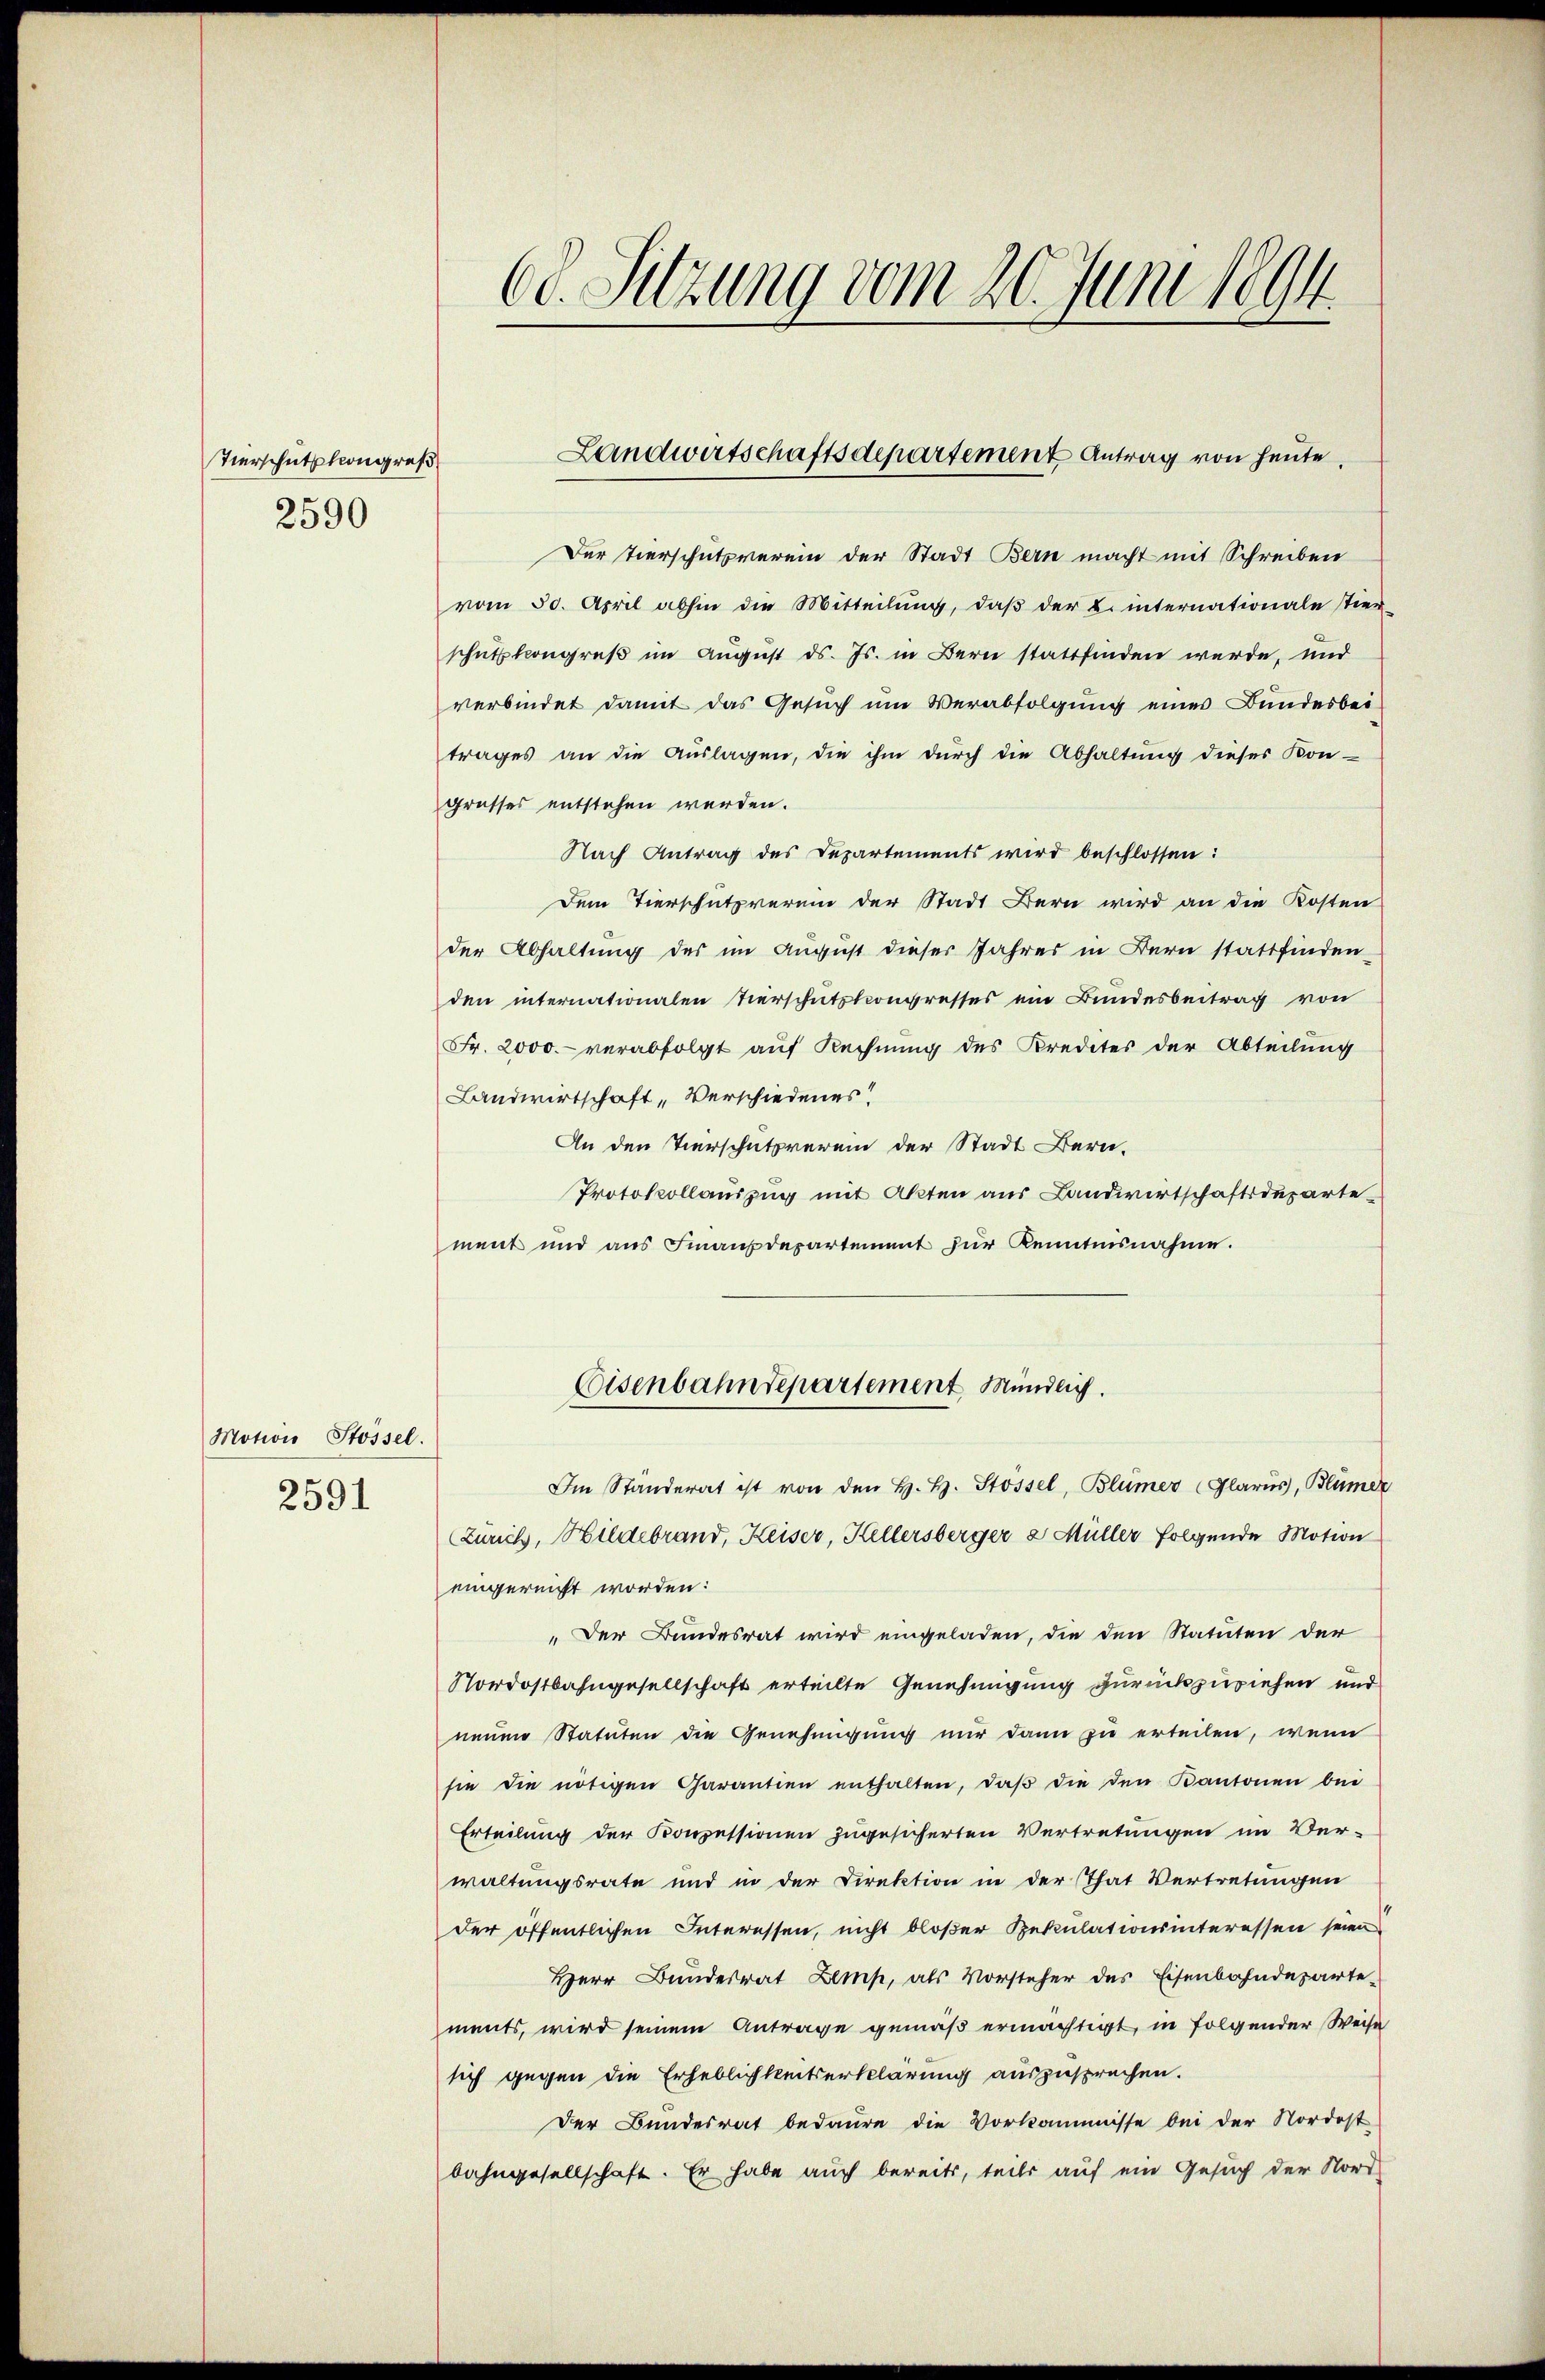
Tierschutzkongreß
2590

Motion Stössel.
2591

Der Tierschutsverein der Stadt Bern macht mit Schreiben
vom 30. April abhin die Mitteilung, daß der L. internationale stier
schützkongreß im August ds. Js. in Bern stattfinden werde, und
verbindet damit das Gesuch um Verabfolgung eines Bundesbei
trages an die Aŭslagen, die ihm durch die Abhaltung dieses Kon-
grusses entstehen werden.
Nach Antrag des Departements wird beschlossen:
Dem Tierschutzverum der Stadt Bern wird an die Kosten
der Abhaltung des im August dieser Jahres in Bern stattfinden
den internationalen Tierschutskompresses ein Bundesbeitrag von
Fr. 2000. verabfolgt auf Rechnung des Kredites der Abteilung
Landwirtschaft „Verschiedenes!
An den Tierschutzverein der Stadt Bern.
Protokollauszug mit Akten aus Landwirtschaftsdepartement und ans Finanzdepartement zŭr Kenntnisnahme.

60. Sitzung vom 20. Juni 1894

Landwirtschaftsdepartement Antrag von heute.

Eisenbahndepartement Mündlich.

Im Ständerat ist von den H. H. Stossel, Blümer (Glarus, Blümer
Zürich, Bildebrand, Keiser, Hellersberger a Müller folgende Motion
eingereicht worden:
„Der Bundesrat wird eingeladen, die den Statuten der
Nordostbahngesellschaft erteilte Genehmigung zurückzuziehen und
neuen Statuten die Genehmigung nur dann zu erteilen, wenn
sie die nötigen Carantien enthalten, daβ die den Kantonen bei
Erteilung der Konzessionen zugesicherten Vertretungen im Ver-
waltungsrate und in der Direktion in der That Vertretungen
der öffentlichen Interessen, nicht bloßer Spekulationsinteressen seien
Herr Bundesrat Lemp, als Vorsteher des Eisenbahndepartements, wird seinem Antrage gemäß ermächtigt, in folgender Weise
sich gegen die Erheblichkeitserklärung auszusprechen.
Der Bundesrat bedaure die Vorkommisse bei der Nordost
bahngesellschaft. Er habe auch bereits, teils auf ein Gesuch der Nord